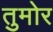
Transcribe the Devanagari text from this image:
तुमोर